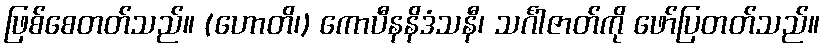
ဖြစ်စေတတ်သည်။ (ဟောတိ၊) ကောပီနနိဒံသနီ၊ သင်္ဂါဇာတ်ကို ဖော်ပြတတ်သည်။